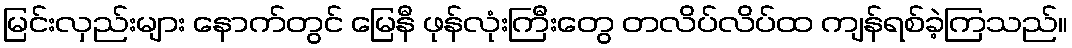
မြင်းလှည်းများ နောက်တွင် မြေနီ ဖုန်လုံးကြီးတွေ တလိပ်လိပ်ထ ကျန်ရစ်ခဲ့ကြသည်။